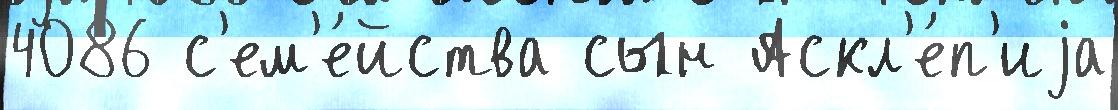
4086 с'ем'е́йства сын Аскл'е́п'иjа